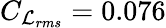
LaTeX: C_{\mathcal{L}_{rms}}=0.076